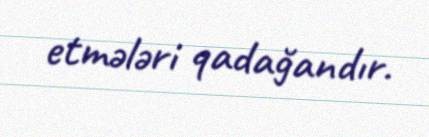
etmələri qadağandır.